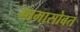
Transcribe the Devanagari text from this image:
मामासोबत